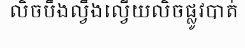
លិចបឹងល្វឹងល្វើយលិចផ្លូវបាត់